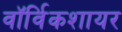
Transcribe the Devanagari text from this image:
वॉर्विकशायर